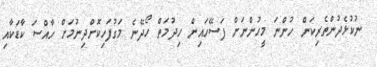
ނުކުޅެދުންތެރިކަން ހުންނަ މީހުންނަށް ފަސޭހައިން ހިދުމަތް ހޯދޭނެ މަގުފަހިކޮށްދިނުމަށް ހާއްސަ ކާޑަކާއި